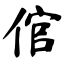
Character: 倌